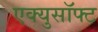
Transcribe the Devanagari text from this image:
एक्युसॉफ्ट